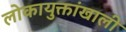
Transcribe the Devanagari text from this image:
लोकायुक्तांखाली